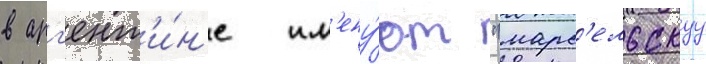
в арг'ент'и́н'е им'ену́ют "марс'ельскуу